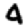
Digit: 4